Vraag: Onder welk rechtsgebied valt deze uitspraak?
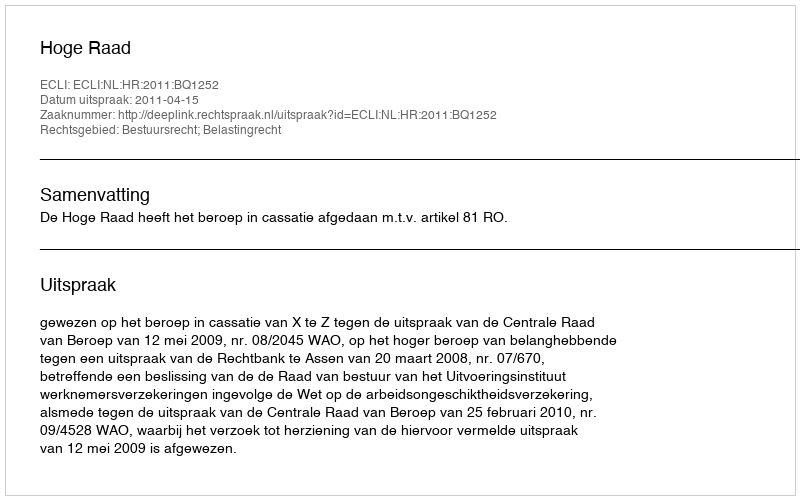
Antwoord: Bestuursrecht; Belastingrecht